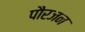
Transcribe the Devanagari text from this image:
पौरजन